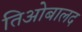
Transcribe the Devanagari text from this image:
तिओबालद